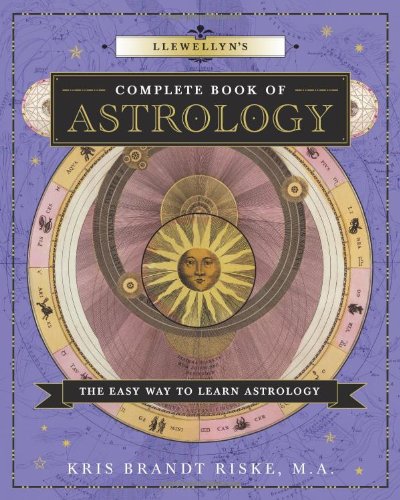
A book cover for Llewellyn's Complete Book of Astrology: The Easy Way to Learn Astrology (Llewellyn's Complete Book Series); Kris Brandt Riske MA; Religion & Spirituality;